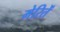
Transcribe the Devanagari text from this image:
मेरितें